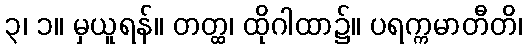
၃၊ ၁။ မှယူရန်။ တတ္ထ၊ ထိုဂါထာ၌။ ပရက္ကမာတီတိ၊